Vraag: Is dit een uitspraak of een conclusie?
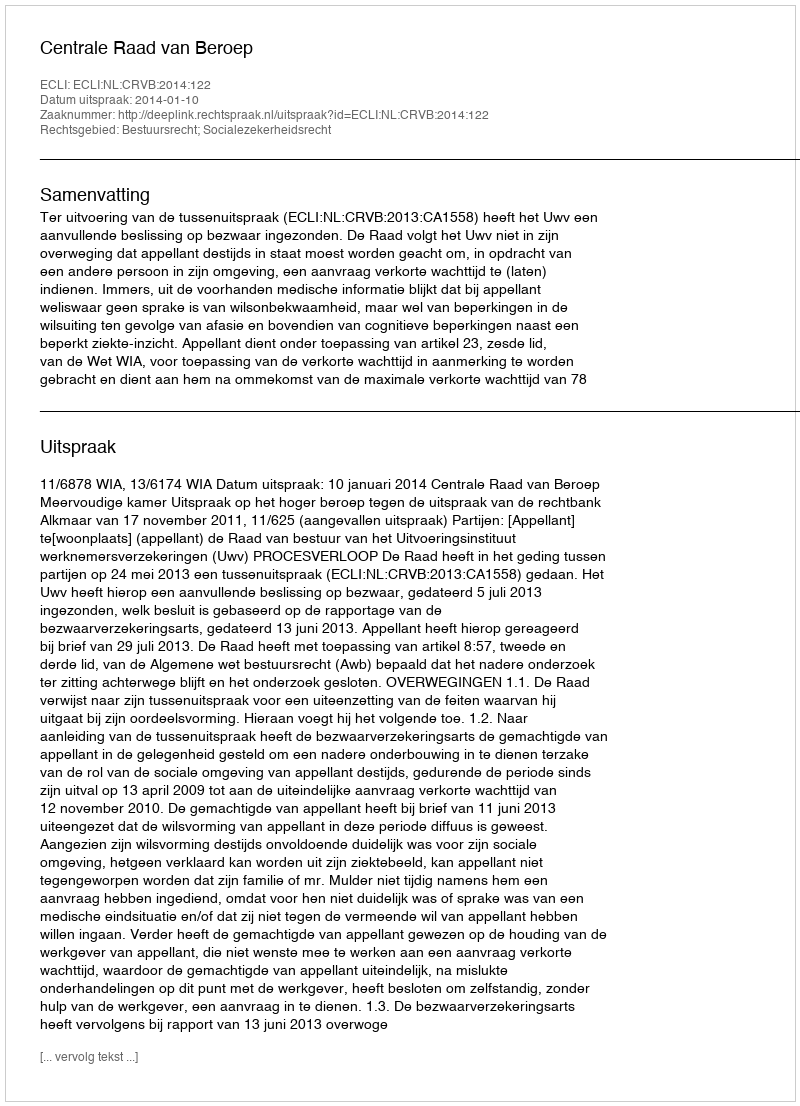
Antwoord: Uitspraak